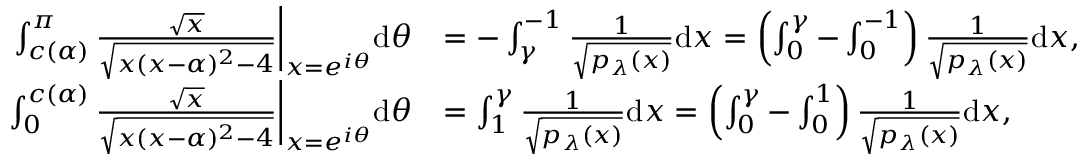
\begin{array} { r l } { \int _ { c ( \alpha ) } ^ { \pi } \frac { \sqrt { x } } { \sqrt { x ( x - \alpha ) ^ { 2 } - 4 } } \bigg \rvert _ { x = e ^ { i \theta } } \mathrm d \theta } & { = - \int _ { \gamma } ^ { - 1 } \frac { 1 } { \sqrt { p _ { \lambda } ( x ) } } \mathrm d x = \left( \int _ { 0 } ^ { \gamma } - \int _ { 0 } ^ { - 1 } \right) \frac { 1 } { \sqrt { p _ { \lambda } ( x ) } } \mathrm d x , } \\ { \int _ { 0 } ^ { c ( \alpha ) } \frac { \sqrt { x } } { \sqrt { x ( x - \alpha ) ^ { 2 } - 4 } } \bigg \rvert _ { x = e ^ { i \theta } } \mathrm d \theta } & { = \int _ { 1 } ^ { \gamma } \frac { 1 } { \sqrt { p _ { \lambda } ( x ) } } \mathrm d x = \left( \int _ { 0 } ^ { \gamma } - \int _ { 0 } ^ { 1 } \right) \frac { 1 } { \sqrt { p _ { \lambda } ( x ) } } \mathrm d x , } \end{array}